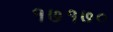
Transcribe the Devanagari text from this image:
१७१७०